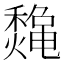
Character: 𱶪